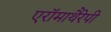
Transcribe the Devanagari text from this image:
एरॉमाथैरेपी